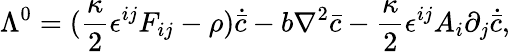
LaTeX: \Lambda^{0}=(\frac{\kappa}{2}\epsilon^{ij}F_{ij}-\rho)\dot{{\bar{c}}}-b\nabla^{2}{\bar{c}}-\frac{\kappa}{2}\epsilon^{ij}A_{i}\partial_{j}\dot{{\bar{c}}},